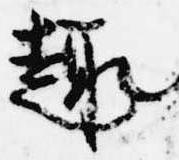
趣